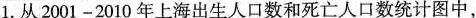
1.从2001-2010年上海出生人口数和死亡人口数统计图中，